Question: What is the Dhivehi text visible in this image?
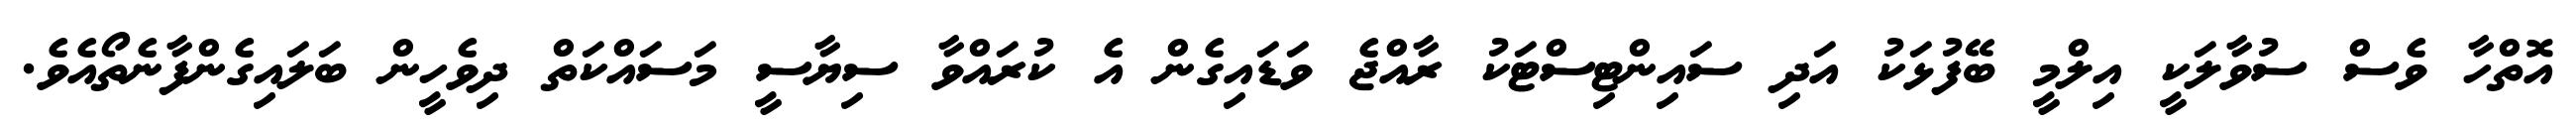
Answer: އޮތްހާ ވެސް ސުވާލަކީ އިލްމީ ބޭފުޅަކު އަދި ސައިންޓިސްޓަކު ރާއްޖެ ވަޑައިގެން އެ ކުރައްވާ ސިޔާސީ މަސައްކަތް ދިވެހީން ބަލައިގެންފާނެތޯއެވެ.